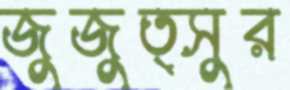
জুজুত্সুর